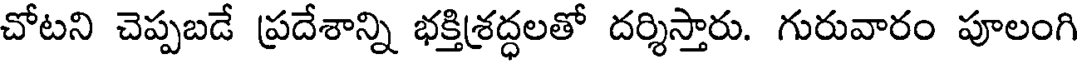
చోటని చెప్పబడే ప్రదేశాన్ని భక్తిశ్రద్ధలతో దర్శిస్తారు. గురువారం పూలంగి